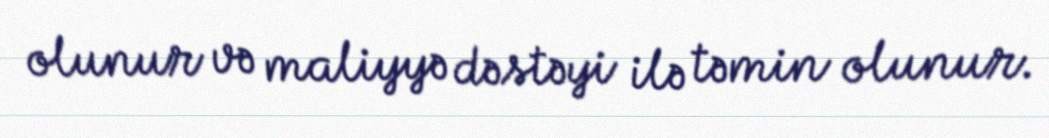
olunur və maliyyə dəstəyi ilə təmin olunur.